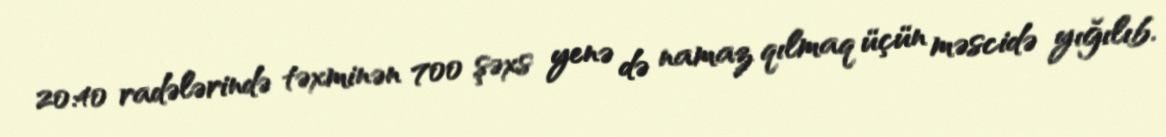
20:40 radələrində təxminən 700 şəxs yenə də namaz qılmaq üçün məscidə yığılıb.